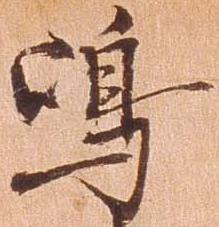
島